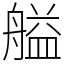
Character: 艗